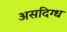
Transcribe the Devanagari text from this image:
असदिग्ध